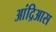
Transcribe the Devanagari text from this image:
आंद्रिआस